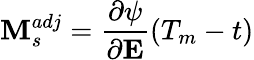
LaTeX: \textbf{M}_{s}^{adj}=\frac{\partial\psi}{\partial\textbf{E}}(T_{m}-t)